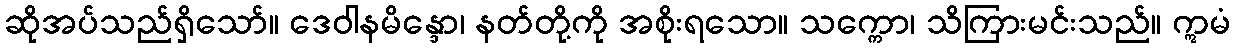
ဆိုအပ်သည်ရှိသော်။ ဒေဝါနမိန္ဒော၊ နတ်တို့ကို အစိုးရသော။ သက္ကော၊ သိကြားမင်းသည်။ ဣမံ